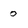
Character: 0